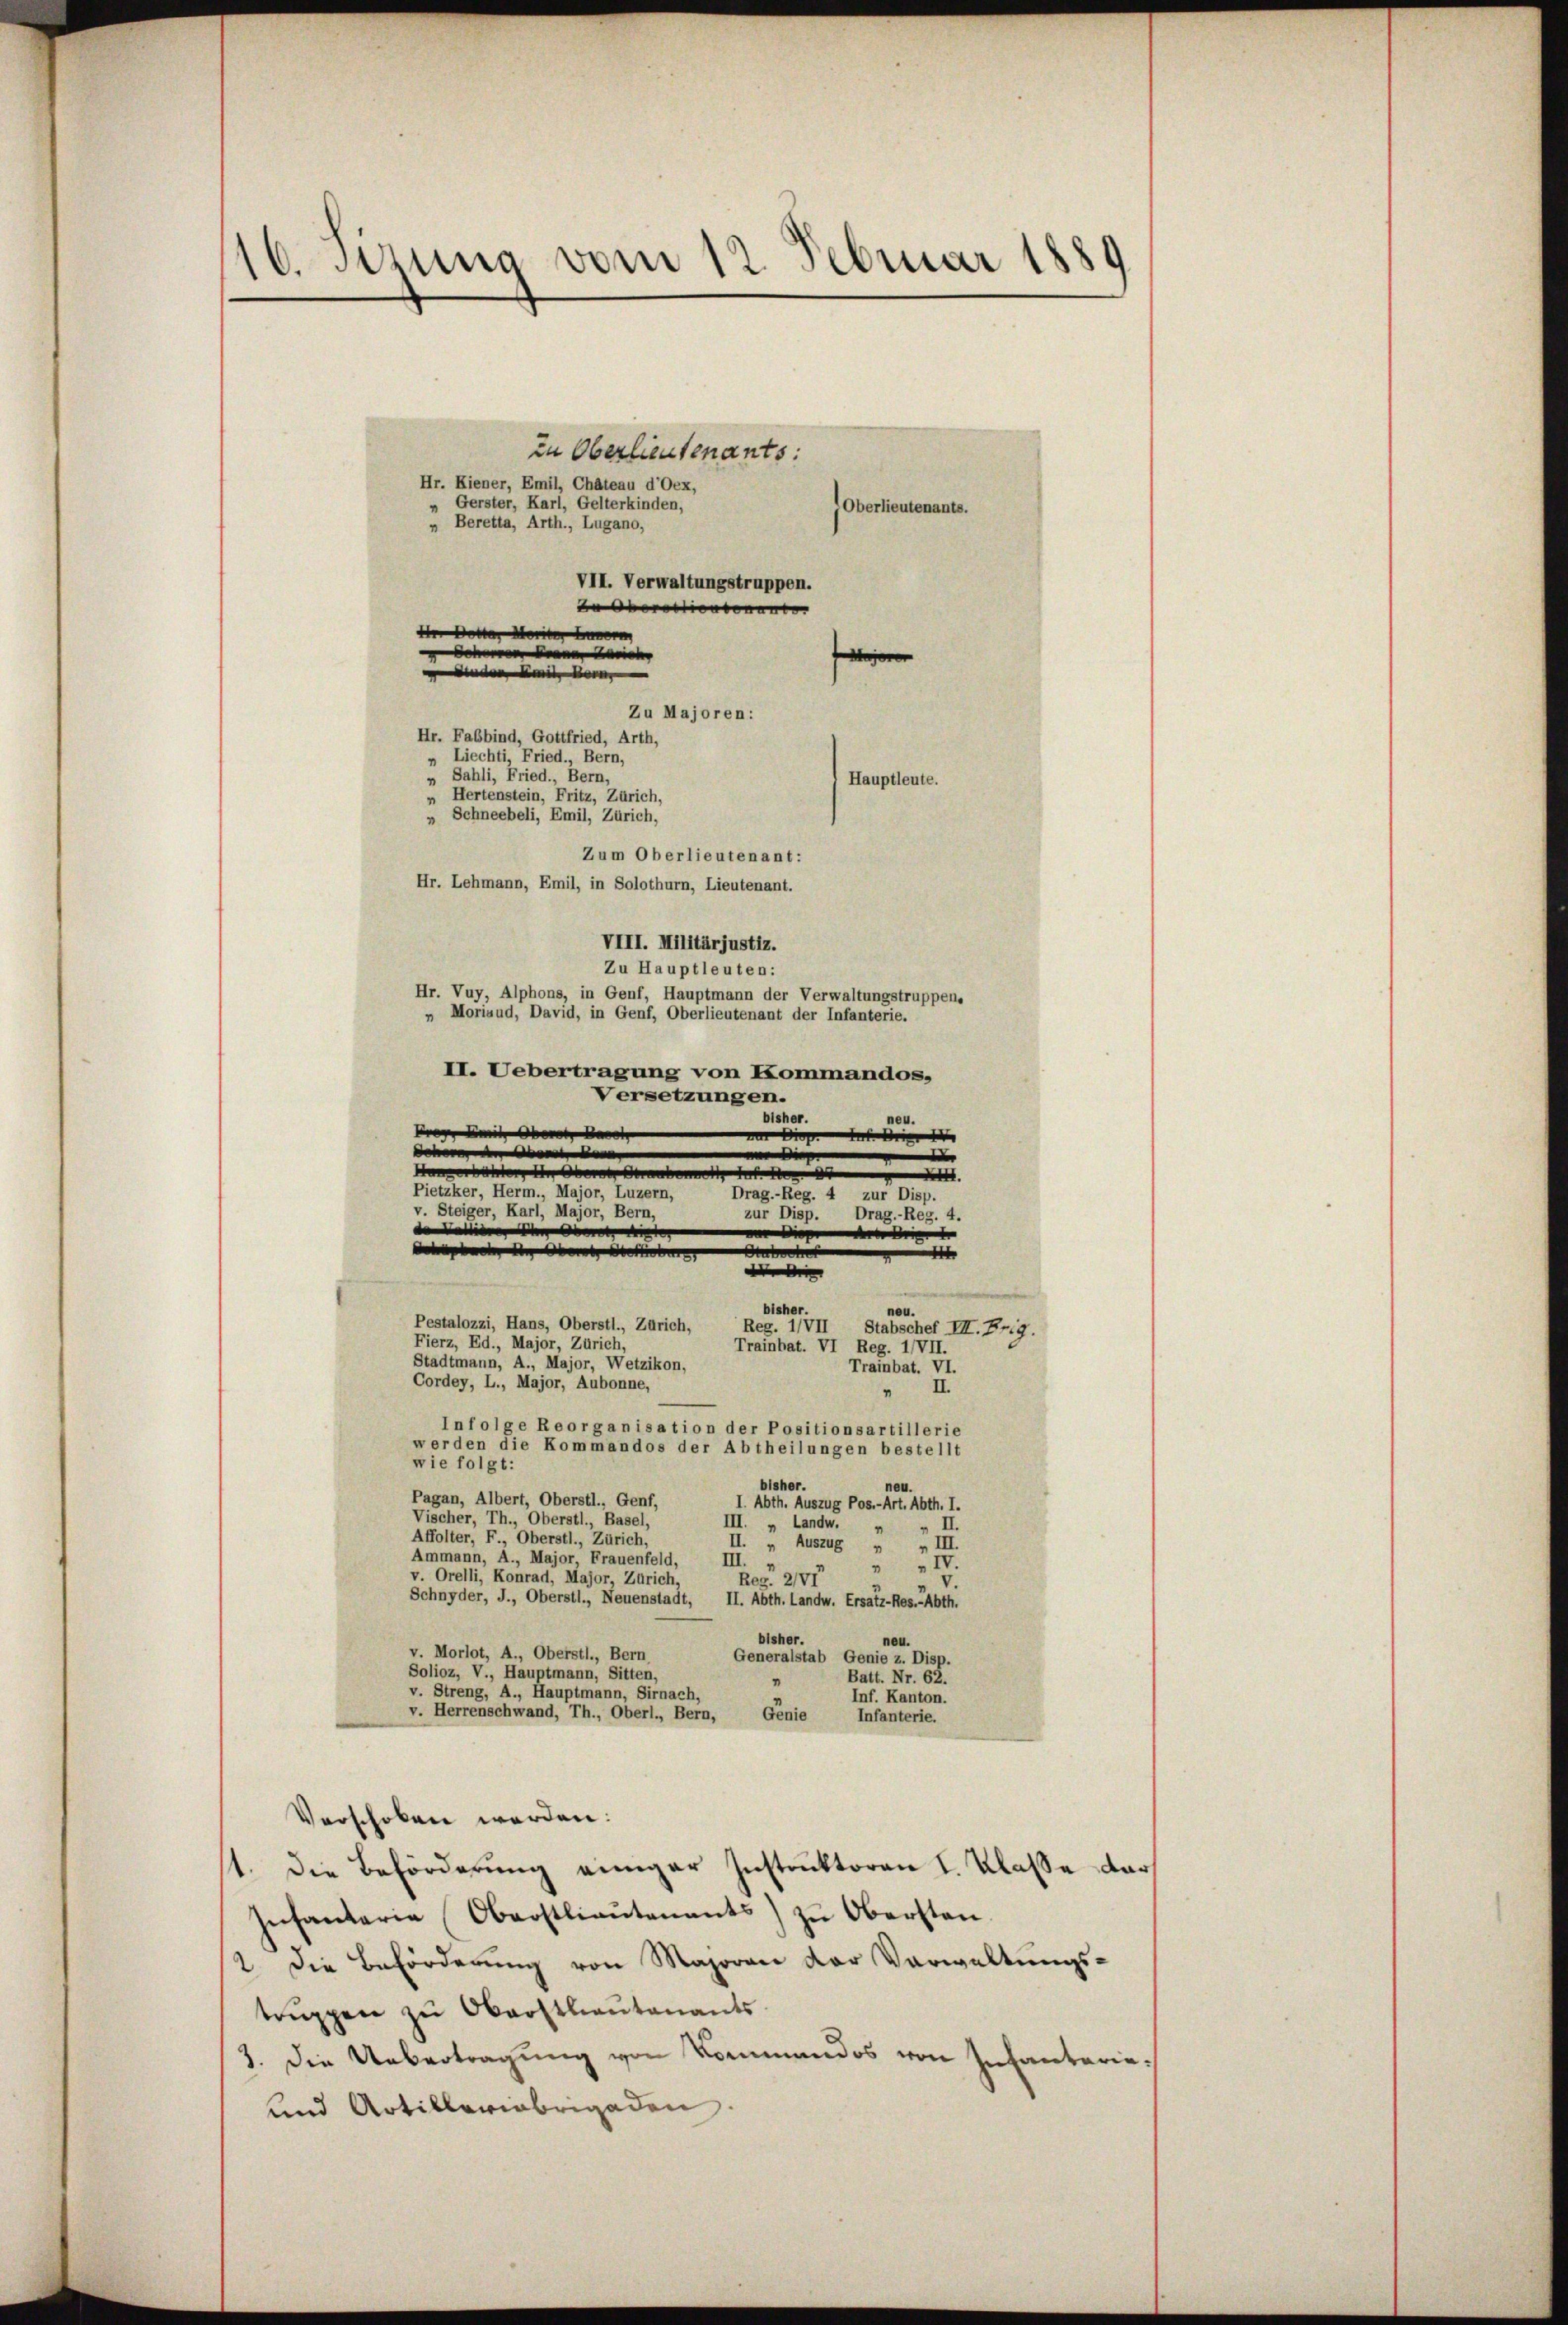
16. Sizung vom 12. Februar 1889

in Oberlieutenants:
Hr. Kiener, Emil, Chateau d’Oex,
Gerster, Karl, Gelterkinden,
Oberlieutenants.
„ Beretta, Arth., Lugano,
VII. Verwaltungstruppen.
Beerdienten

Hauptleute.
VIII. Militärjustiz.
Zu Hauptleuten:
Hr. Vuy, Alphons, in Genf, Hauptmann der Verwaltungstruppen.
„ Moriaud, David, in Genf, Oberlieutenant der Infanterie.
II. Uebertragung von Kommandos,
Versetzungen.
bisher.
neu.
Fragen mit der de
 Diese
docende
e
i
Hanerbitten in der
o
.
Pietzker, Herm., Major, Luzern,
Drag.-Reg. 4 zur Disp.
v. Steiger, Karl, Major, Bern,
zur Disp. Drag.-Reg. 4.
 |
Diese
dee den der er
A
A
i
bisher.
neu.
Pestalozzi, Hans, Oberstl., Zürich,
Reg. I/VII
Stabschef III. Fr. 9.
Fierz, Ed., Major, Zürich,
Trainbat. VI Reg. 1/VII.
Stadtmann, A., Major, Wetzikon,
Trainbat. VI.
Cordey, L., Major, Aubonne,
II.
“
Infolge Reorganisation der Positionsartillerie
werden die Kommandos der Abtheilungen bestellt
wie folgt:
neu
bisher.
Pagan, Albert, Oberstl., Genf,
I. Abth. Auszug Pos.- Art. Abth. I.
Vischer, Th., Oberstl., Basel,
III. „ Landw.
II.
Affolter, F., Oberstl., Zürich,
II. „ Auszug
„III.
Ammann, A., Major Frauenfeld,
III.
 IV.
v. Orelli, Konrad, Major, Zürich,
Reg. 21
Schnyder, J., Oberstl., Neuenstadt, II. Abth. Landw. Ersatz-Res.-Abth.

de Dotter Marie er
g
denden mit der
Zu Majoren:
Hr. Fabbind, Gottfried, Arth,

Liechti, Fried., Bern,
„ Sahli, Fried., Bern,
" Hertenstein, Fritz, Zürich,
" Schneebeli, Emil, Zürich,
Hr. Lehmann, Emil, in Solothurn, Lieutenant.

v. Morlot, A., Oberstl., Bern,
Solioz, V., Hauptmann, Sitten,
v. Streng, A., Hauptmann, Sirnach,
v. Herrenschwand, Th., Oberl., Bern,

Zum Oberlieutenant:

bisher.
neu.
Generalstab Genie z. Disp.
Batt. Nr. 62.
n
Inf. Kanton.
Genie
Infanterie.
Verschoben werden:
1. Die Beförderung einiger Instruktoren I. Klasse darf
Intantarie Oberstlieŭtenants zŭ Obersten.
2. Die Beförderung von Majorace der Verwaltungs-
trugen zu Oberstlieutenants
3. Die Uebertragung von Sommandos von Intantaria¬
und Artilleriebrigaden.